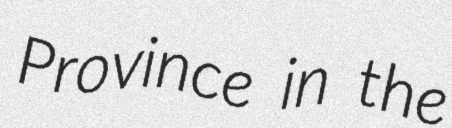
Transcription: Province in the